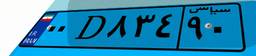
۰۰D۸۳۴۹۰